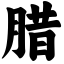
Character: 腊